Scottish Leaving Certificate Examination, 1961
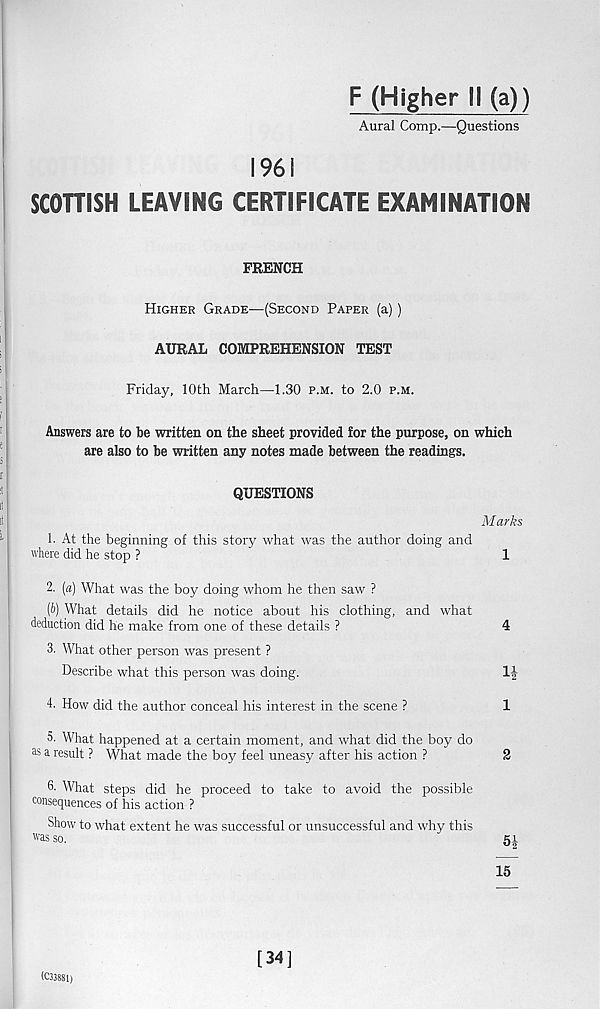
F (Higher II (a))
Aural Comp.—Questions
1961
SCOHISH LEAVING CERTIFICATE EXAMINATION
FRENCH
Higher Grade—(Second Paper (a))
AURAL COMPREHENSION TEST
Friday, 10th March—1.30 p.m. to 2.0 p.m.
Answers are to be written on the sheet provided for the purpose, on which
are also to be written any notes made between the readings.
QUESTIONS
Marks
1. At the beginning of this story what was the author doing and
where did he stop ?
1
2. (a) What was the boy doing whom he then saw ?
(b) What details did he notice about his clothing, and what
deduction did he make from one of these details ?
4
3. What other person was present ?
Describe what this person was doing.
If
4. How did the author conceal his interest in the scene ?
1
5. What happened at a certain moment, and what did the boy do
as a result ? What made the boy feel uneasy after his action ?
2
6- What steps did he proceed to take to avoid the possible
consequences of his action ?
Show to what extent he was successful or unsuccessful and why this
was so.
51
15
(C33881)
[34]